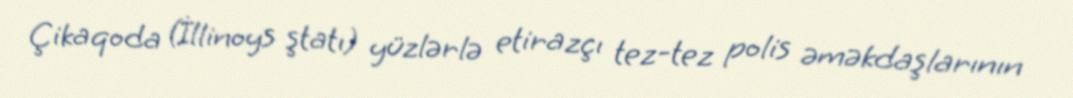
Çikaqoda (İllinoys ştatı) yüzlərlə etirazçı tez-tez polis əməkdaşlarının